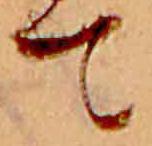
て